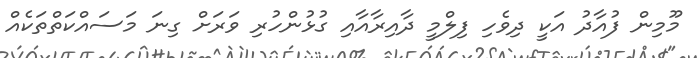
މޫމިން ފުއާދު އަކީ ދިވެހި ފިލްމީ ދާއިރާއާއި ގުޅުންހުރި ވަރަށް ގިނަ މަސައްކަތްތަކެއް